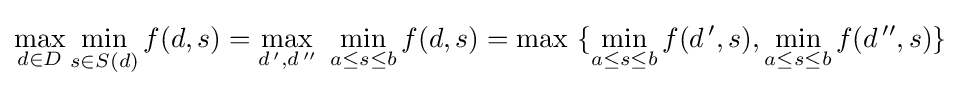
\max _{d\in D}\min _{s\in S(d)}f(d,s)=\max _{d\,',d\,''}\ \min _{a\leq s\leq b}f(d,s)=\max \ \{\min _{a\leq s\leq b}f(d\,',s),\min _{a\leq s\leq b}f(d\,'',s)\}